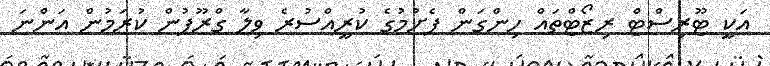
އަކީ ޓޫރިސްޓް ރިޒޯޓްތައް ހިންގަން ފެށުމުގެ ކުރީއްސުރެ ވިލާ ގްރޫޕުން ކުރަމުން އަންނަ